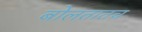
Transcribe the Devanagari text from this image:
बोलतातच